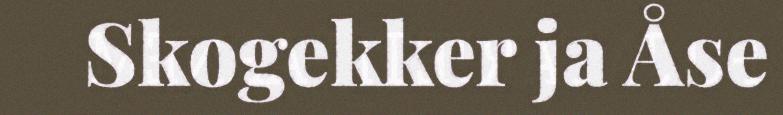
Skogekker ja Åse